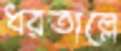
ধরতাল্লে